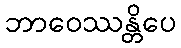
ဘာဝေဿန္တိပေ